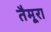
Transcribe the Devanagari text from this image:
तैमूरा